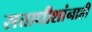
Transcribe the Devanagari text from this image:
सत्ताधीशांनाही